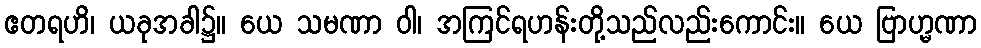
ဧတရဟိ၊ ယခုအခါ၌။ ယေ သမဏာ ဝါ၊ အကြင်ရဟန်းတို့သည်လည်းကောင်း။ ယေ ဗြာဟ္မဏာ